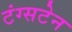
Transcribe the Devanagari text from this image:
टंग्सटेन